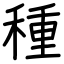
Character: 種